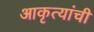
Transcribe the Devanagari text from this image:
आकृत्यांची